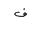
Letter: _fa